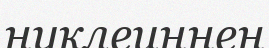
нуклеиннен